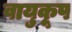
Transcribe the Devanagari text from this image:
वायुकूप